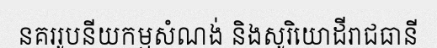
នគររូបនីយកម្មសំណង់ និងសូរិយោដីរាជធានី